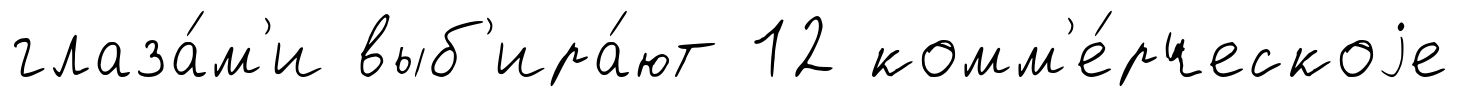
глаза́м'и выб'ира́ют 12 комм'е́рческоjе